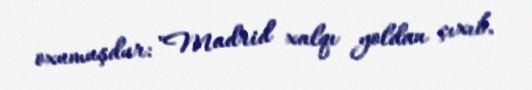
oxumuşdur: "Madrid xalqı yoldan çıxıb.